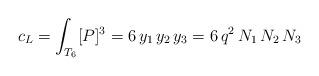
LaTeX: \begin{align*}c_{\small L}=\int_{T_6} [P]^3 = 6\, y_1\, y_2\, y_3=6\, q^2\,N_1\,N_2\, N_3\end{align*}